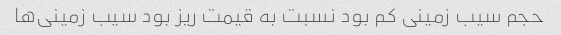
حجم سیب زمینی کم بود نسبت به قیمت ریز بود سیب زمینی‌ها